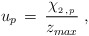
\begin{align*}u_p \,=\,\frac{ \chi_{_{2\,,\,p}}}{z_{max}}\;,\end{align*}